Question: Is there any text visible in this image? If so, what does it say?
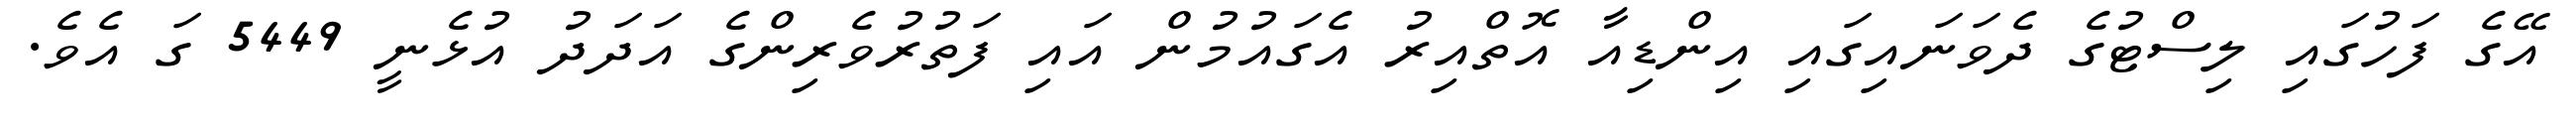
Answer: އޭގެ ފަހުގައި ލިސްޓުގެ ދެވަނައިގައި އިންޑިއާ އޮތްއިރު އެގައުމުން އައި ފަތުރުވެރިންގެ އަދަދު އުޅެނީ 5449 ގަ އެވެ.